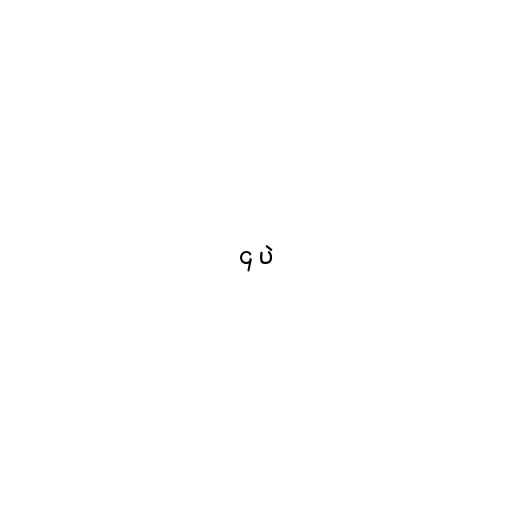
၄ ပဲ